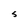
Character: S